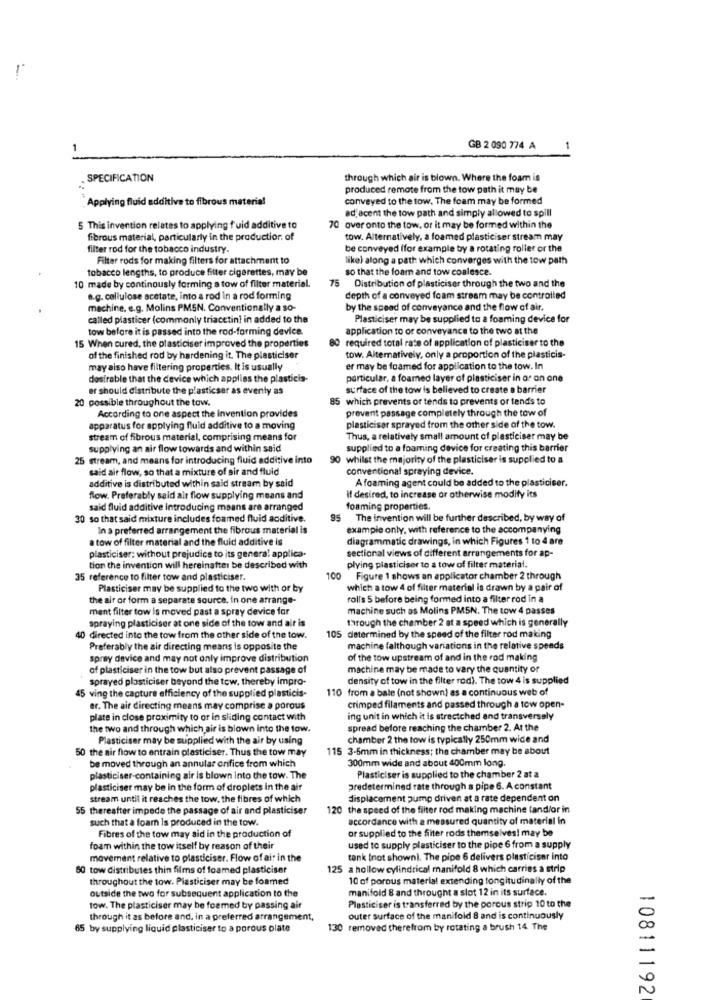
1
GB 2 090 774 A
SPECIFICATION
through which air is blown. Where the foam is
produced remote from the tow path it may be
Applying fluid additive to fibrous material
conveyed to the tow. The foam may be formed
adjacent the tow path and simply allowed to spill
5 This invention relates to applying f uid additive to
70 over onto the tow, or it may be formed within the
fibrous material, particularly in the production. of
tow. Alternatively, a foamed plasticiser stream may
filter rod for the tobacco industry.
be conveyed (for example by a rotating roller or the
Filter rods for making filters for attachment to
like) along a path which converges with the tow path
tobacco lengths, to produce filter cigarettes, may be
so that the foam and tow coalesce.
10 made by continously forming a tow of filter material.
75 Distribution of plasticiser through the two and the
e.g. cellulose acetate, into a rod in a rod forming
depth of a conveyed foam stream may be controlled
machine, e.g. Molins PMSN. Conventionally a so-
by the speed of conveyance and the flow of air.
called plasticer (commonly triacetin) in added to the
Plasticiser may be supplied to a foaming device for
tow before it is passed into the rod-forming device.
application to or conveyance to the two at the
80 required total rate of application of plasticiser to the
15 When cured, the plasticiser improved the properties
of the finished rod by hardening it. The plasticiser
tow. Alternatively, only a proportion of the plasticis-
may also have filtering properties. It is usually
er may be foamed for application to the tow. In
desirable that the device which applies the plasticis-
particular, a foamed layer of plasticiser in or on one
er should distribute the plasticser as eventy as
surface of the tow is believed to create a barrier
20 possible throughout the tow.
85 which prevents or tends to prevents or tends to
According to one aspect the invention provides
prevent passage completely through the tow of
apparatus for applying fluid additive to a moving
plasticiser sprayed from the other side of the tow.
stream of fibrous material, comprising means for
Thus, a relatively small amount of plasticiser may be
supplying an air flow towards and within said
supplied to a foaming device for creating this barrier
25 stream, and means for introducing fluid additive into
90 whilst the majority of the plasticiser is supplied to a
said air flow, so that a mixture of sir and fluid
conventional spraying device.
additive is distributed within said stream by said
A foaming agent could be added to the plasticiser.
flow. Preferably said air flow supplying means and
if desired, to increase or otherwise modify its
said fluid additive introducing means are arranged
foaming properties.
30 so that said mixture includes foamed fluid auditive.
95
The invention will be further described, by way of
In a preferred arrangement the fibrous material is
example only, with reference to the accompanying
a tow of filter material and the fluid additive is
diagrammatic drawings, in which Figures 1 to 4 are
sectional views of different arrangements for ap-
plasticiser; without prejudice to its general applica-
tion the invention will hereinafter be described with
plying plasticiser to a tow of filter material.
35 reference to filter tow and plasticiser.
100
Figure 1 shows an applicator chamber 2 through
Plasticiser may be supplied to the two with or by
which a tow 4 of filter material is drawn by a pair of
the air or form a separate source, In one arrange-
rolls 5 before being formed into a filter rod in a
ment filter tow is moved past a spray device for
machine such as Molins PMSN. The tow 4 passes
spraying plasticiser at one side of the tow and air is
through the chamber 2 at a speed which is generally
40 directed into the tow from the other side of the tow.
105 determined by the speed of the filter rod making
Preferably the air directing means is opposite the
machine falthough variations in the relative speeds
spray device and may not only improve distribution
of the tow upstream of and in the rod making
of plasticiser in the tow but also prevent passage of
machine may be made to vary the quantity or
sprayed plasticiser beyond the tow, thereby impro-
density of tow in the filter rod). The tow 4 is supplied
45 ving the capture efficiency of the supplied plasticis-
110 from a bale (not shown) as a continuous web of
er. The air directing means may comprise a porous
crimped filaments and passed through a tow open-
plate in close proximity to or in sliding contact with
ing unit in which it is strectched and transversely
the two and through which air is blown into the tow.
spread before reaching the chamber 2. At the
Plasticiser may be supplied with the air by using
chamber 2 the tow is typically 250mm wide and
50 the air flow to entrain plasticiser. Thus the tow may
115 3-5mm in thickness; the chamber may be about
be moved through an annular orifice from which
300mm wide and about 400mm long.
plasticiser-containing air is blown Into the tow. The
Plasticiser is supplied to the chamber 2 at a
plasticiser may be in the form of droplets in the air
predetermined rate through a pipe 6. A constant
stream until it reaches the tow, the fibres of which
displacement pump driven at a rate dependent on
55 thereafter impede the passage of air and plasticiser
120 the speed of the filter rod making machine (and/or in
such that a foam Is produced in the tow.
accordance with a measured quantity of material in
or supplied to the Siter rods themselves! may be
Fibres of the tow may aid in the production of
foam within the tow itself by reason of their
used to supply plasticiser to the pipe 6 from a supply
movement relative to plasticiser. Flow of ai: in the
tank [not shown]. The pipe 6 delivers plasticiser Into
60 tow distributes thin films of foamed plasticiser
125 a hollow cylindrical manifold 8 which carries a strip
throughout the tow. Plasticiser may be foamed
10 of porous material extending longitudinally of the
manifold 8 and throught a slot 12 in its surface.
outside the two for subsequent application to the
tow, The plasticiser may be foamed by passing air
Plasticiser is transferred by the porous strip 10 to the
through it as before and, in a preferred arrangement,
outer surface of the manifold 8 and is continuously
65 by supplying liquid plasticiser to a porous plate
130 removed therefrom by rotating a brush 14 The
10811192